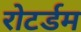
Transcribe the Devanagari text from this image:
रोटर्डम